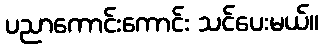
ပညာကောင်းကောင်း သင်ပေးမယ်။